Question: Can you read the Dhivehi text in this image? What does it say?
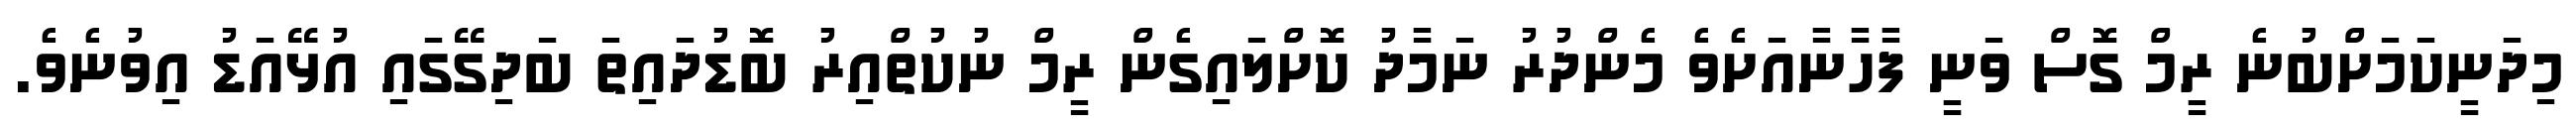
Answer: މިދަނީކަމަށްބުނެ ރީމް ގޮސް ވަނީ ފާހާނާއަށެވެ މެންދުރު ނަމާދު ކޮށްލައިގެން ރީމް ނުކުތްއިރު ބޮޑުދައިތަ ބަދިގޭގައި އުޅޭއަޑު އިވުނެވެ.